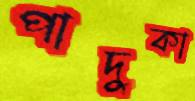
পাদুকা